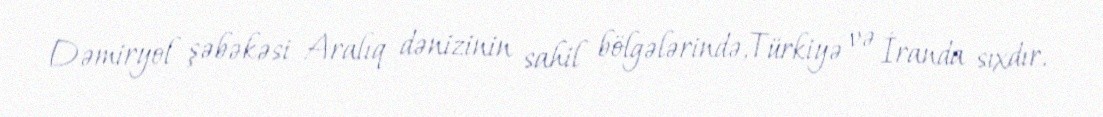
Dəmiryol şəbəkəsi Aralıq dənizinin sahil bölgələrində,Türkiyə və İranda sıxdır.